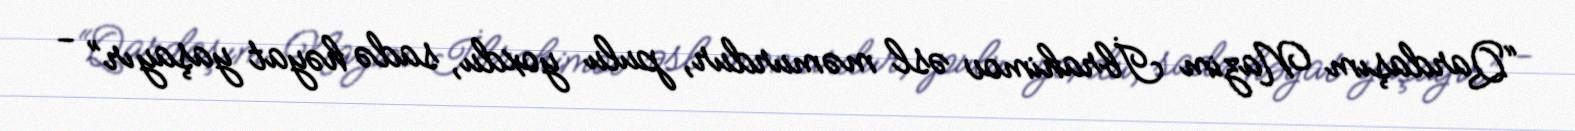
“Qardaşım Nazim İbrahimov əsl məmurdur, pulu yoxdu, sadə həyat yaşayır” -